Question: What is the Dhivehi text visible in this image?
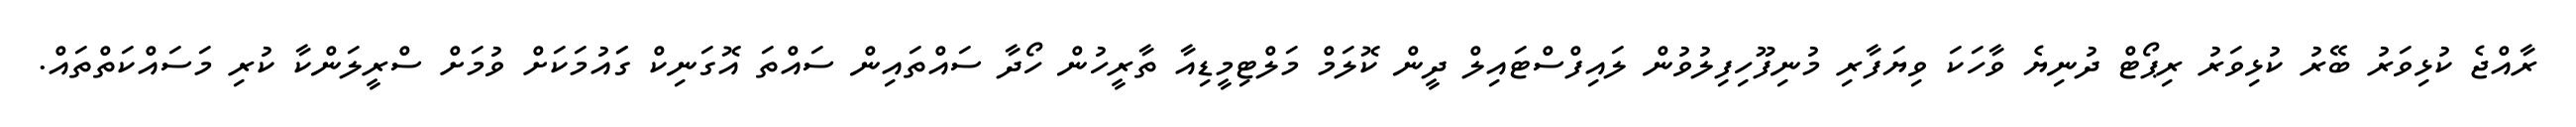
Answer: ރާއްޖެ ކުޅިވަރު ބޭރު ކުޅިވަރު ރިޕޯޓް ދުނިޔެ ވާހަކަ ވިޔަފާރި މުނިފޫހިފިލުވުން ލައިފްސްޓައިލް ދީން ކޮލަމް މަލްޓިމީޑިއާ ތާރީހުން ހޯދާ ސައްތައިން ސައްތަ އޮގަނިކް ގަައުމަކަށް ވުމަށް ސްރީލަންކާ ކުރި މަސައްކަތްތައް.